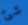
شئ